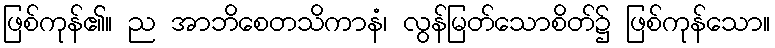
ဖြစ်ကုန်၏။ ည အာဘိစေတသိကာနံ၊ လွန်မြတ်သောစိတ်၌ ဖြစ်ကုန်သော။